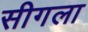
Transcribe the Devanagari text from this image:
सीगला